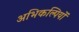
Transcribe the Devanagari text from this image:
अभिकल्पियों